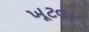
ખૂટવા